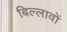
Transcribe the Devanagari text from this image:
बिल्लावों